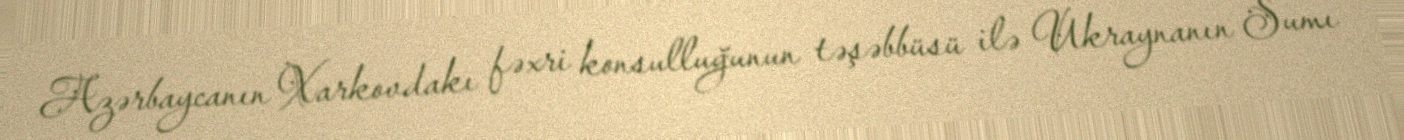
Azərbaycanın Xarkovdakı fəxri konsulluğunun təşəbbüsü ilə Ukraynanın Sumı